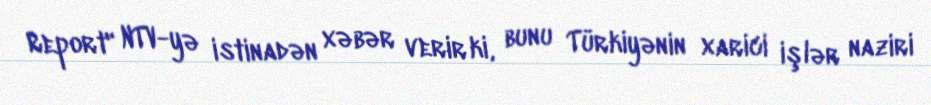
Report" NTV-yə istinadən xəbər verir ki, bunu Türkiyənin xarici işlər naziri